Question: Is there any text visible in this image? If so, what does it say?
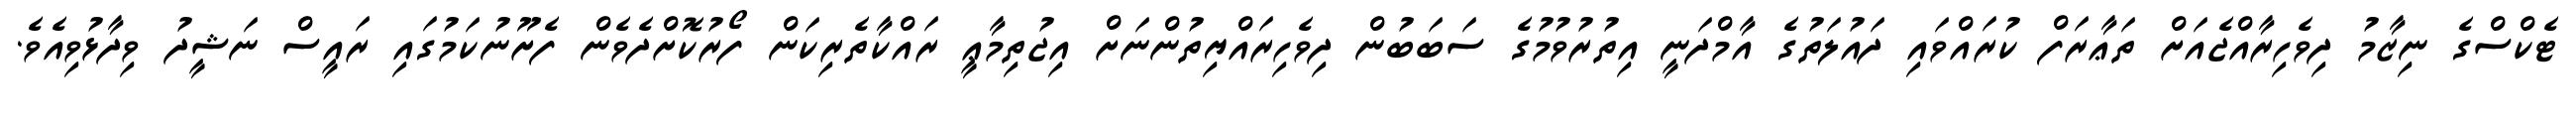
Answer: ޓެކްސްގެ ނިޒާމު ދިވެހިރާއްޖެއަށް ތަޢާރަފް ކުރައްވައި ދައުލަތުގެ އާމްދަނީ އިތުރުވުމުގެ ސަބަބުން ދިވެހިރައްޔިތުންނަށް އިޖުތިމާޢީ ރައްކާތެރިކަން ފޯރުކޮށްދެވެން ފެށޫނުކަމުގައި ރައީސް ނަޝީދު ވިދާޅުވިއެވެ.